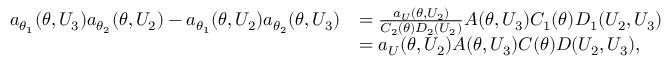
\begin{array} { r l } { a _ { \theta _ { 1 } } ( \theta , U _ { 3 } ) a _ { \theta _ { 2 } } ( \theta , U _ { 2 } ) - a _ { \theta _ { 1 } } ( \theta , U _ { 2 } ) a _ { \theta _ { 2 } } ( \theta , U _ { 3 } ) } & { = \frac { a _ { U } ( \theta , U _ { 2 } ) } { C _ { 2 } ( \theta ) D _ { 2 } ( U _ { 2 } ) } A ( \theta , U _ { 3 } ) C _ { 1 } ( \theta ) D _ { 1 } ( U _ { 2 } , U _ { 3 } ) } \\ & { = a _ { U } ( \theta , U _ { 2 } ) A ( \theta , U _ { 3 } ) C ( \theta ) D ( U _ { 2 } , U _ { 3 } ) , } \end{array}